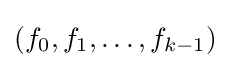
(f_{0},f_{1},\ldots ,f_{k-1})